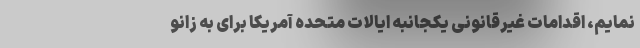
نمایم، اقداماتِ غیرقانونی یکجانبه ایالات متحده آمریکا برای به زانو